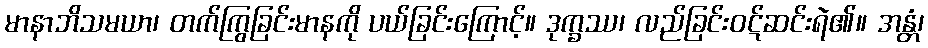
မာနာဘိသမယာ၊ တက်ကြွခြင်းမာနကို ပယ်ခြင်းကြောင့်။ ဒုက္ခဿ၊ လည်ခြင်းဝဋ်ဆင်းရဲ၏။ အန္တံ၊